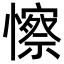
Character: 𢣼